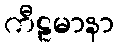
ကီဠမာနာ